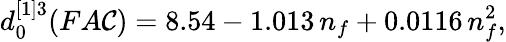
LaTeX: d_{0}^{[1]3}(FA\mathcal{C})=8.54-1.013\, n_{f}+0.0116\, n_{f}^{2}{},